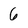
Character: 6